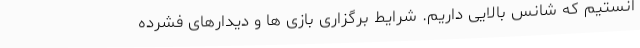
انستیم که شانس بالایی داریم. شرایط برگزاری بازی ها و دیدارهای فشرده